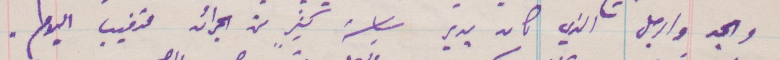
والجد والرجل الذي كان يدير سياسة كثير من الجرائد متغيب اليوم.